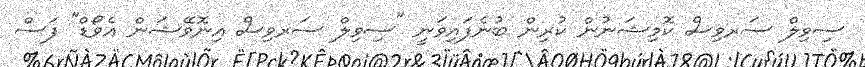
ސިވިލް ސަރވިސް ކޮމިޝަނުން ކުރިން ބުނެފައިވަނީ "ސިވިލް ސަރވިސް އިނޮވޭޝަން އެވޯޑް" ފަސް